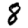
Digit: 8